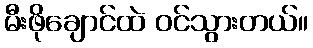
မီးဖိုချောင်ထဲ ဝင်သွားတယ်။